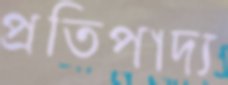
প্রতিপাদ্য